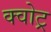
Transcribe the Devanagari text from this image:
क्वोट्र